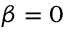
\beta = 0